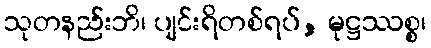
သုတနည်းဘိ၊ ပျင်းရိတစ်ရပ်, မုဋ္ဌဿစ္စ၊